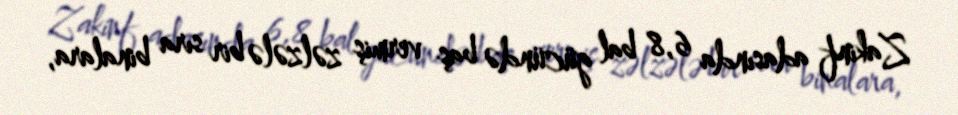
Zakinf adasında 6,8 bal gücündə baş vermiş zəlzələ bir sıra binalara,